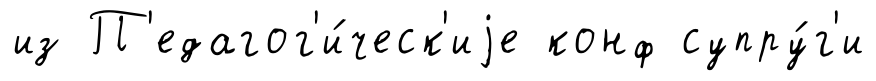
из П'едагог'и́ческ'иjе конф супру́г'и